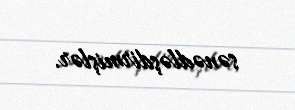
sənədləşdirmişlər.